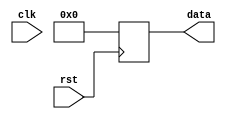
module reset_example (
    input wire clk,
    input wire rst,
    output reg [7:0] data
);

always @ (posedge rst)
begin
    if (rst)
    begin
        data <= 8'b00000000; // Initialize data to 0 on reset
    end
end

endmodule